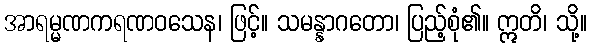
အာရမ္မဏကရဏဝသေန၊ ဖြင့်။ သမန္နာဂတော၊ ပြည့်စုံ၏။ ဣတိ၊ သို့။